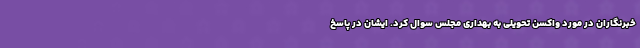
خبرنگاران در مورد واکسن تحویلی به بهداری مجلس سوال کرد. ایشان در پاسخ